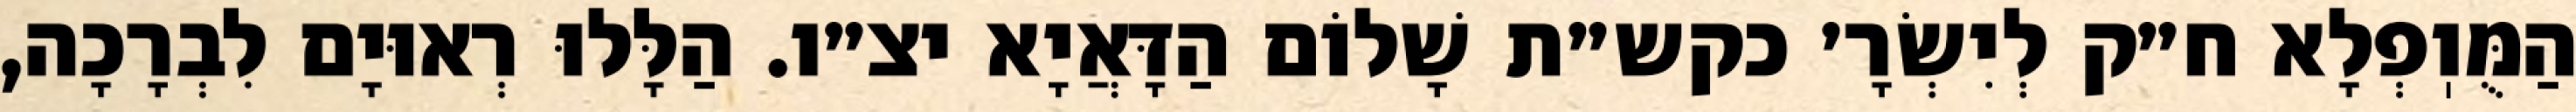
הַמֻּוֽפְלָא ח״ק לְיִשְׂרָ׳ כקש״ת שָׁלוֹם הַדָּאֲיָא יצ״ו. הַלָּלוּ רְאוּיָם לִבְרָכָה,